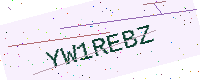
Text: YW1REBZ